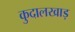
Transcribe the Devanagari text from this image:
कुदालखाड़